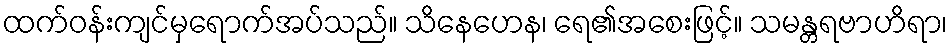
ထက်ဝန်းကျင်မှရောက်အပ်သည်။ သိနေဟေန၊ ရေ၏အစေးဖြင့်။ သမန္တရဗာဟိရာ၊